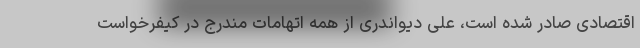
اقتصادی صادر شده است، علی دیواندری از همه اتهامات مندرج در کیفرخواست